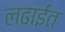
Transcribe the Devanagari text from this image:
लढाईंत